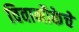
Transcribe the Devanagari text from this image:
विवानौकेचे